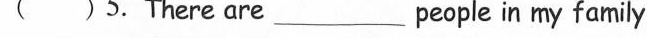
( ) 5.There are___ people in my family.